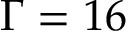
\Gamma = 1 6